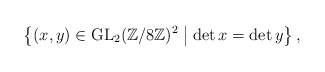
\begin{align*}\left\{(x,y) \in \operatorname{GL}_2(\mathbb{Z}/8\mathbb{Z})^2 \bigm \vert \det x= \det y \right\},\end{align*}